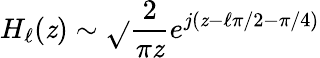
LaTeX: H_{\ell}(\mathit{z})\sim\sqrt{}{{\frac{{2}}{{\pi\mathit{z}}}}}e^{j(\mathit{z}-\ell\pi/2-\pi/4)}